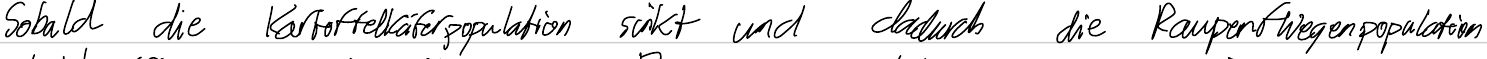
Sobald die Kartoffelkäferpopulation sinkt und dadurch die Raupenfliegenpopulation